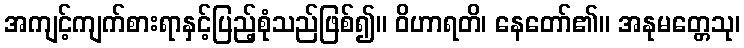
အကျင့်ကျက်စားရာနှင့်ပြည့်စုံသည်ဖြစ်၍။ ဝိဟာရတိ၊ နေတော်၏။ အနုမတ္တေသု၊